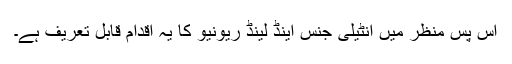
اس پس منظر میں انٹیلی جنس اینڈ لینڈ ریونیو کا یہ اقدام قابل تعریف ہے۔